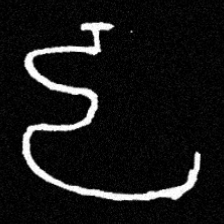
Pyu character \u2014 Myanmar letter: ဠ (romanized: lla)